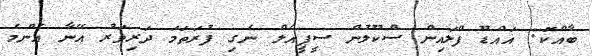
ބާއްކޮ: އައްޑޫ ފްލައިން ސްކޫލުން ސީޕީއެލް ނެގި ފުރަތަމަ ދަރިވަރު އޭނާ އެންމެ